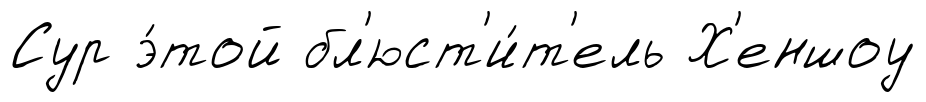
Сур э́той бл'юст'и́т'ель Х'еншоу